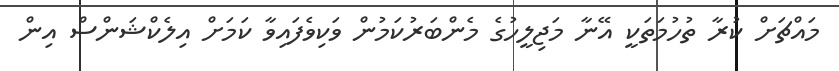
މައްޗަށް ކުރާ ތުހުމަތަކީ އޭނާ މަޖިލީހުގެ މެންބަރުކަމުން ވަކިވެފައިވާ ކަމަށް އިލެކްޝަންސް އިން